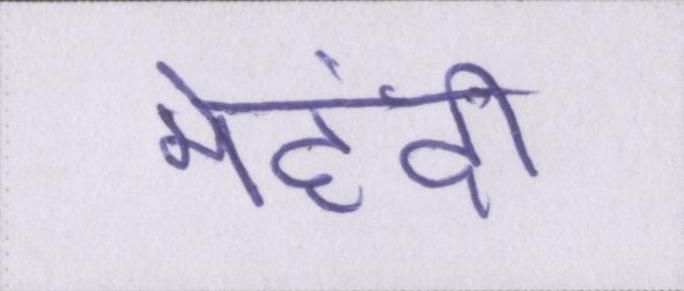
मेहंदी